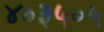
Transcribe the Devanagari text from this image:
४०३५०५